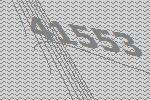
41553